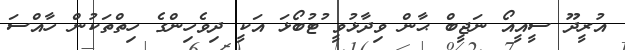
އުރީދޫ ސީއީއޯ ނަޖީބް ޙާން ވިދާޅުވީ ުޓުބޯޅަ އަކީ ދިވެހިންގެ ހިތްތަކުން ހާއްސަ